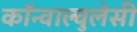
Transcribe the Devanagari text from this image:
कॉन्वाल्वुलेसी